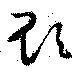
貽